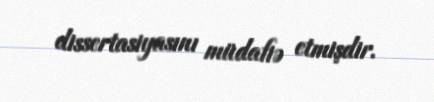
dissertasiyasını müdafiə etmişdir.